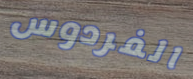
الفردوس